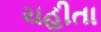
ચહીતા